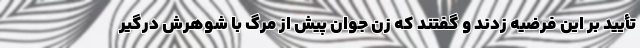
تأیید بر این فرضیه زدند و گفتند که زن جوان پیش از مرگ با شوهرش درگیر